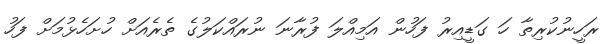
ރަހީނުކުރިތާ ހަ ގަޑީއިރު ފަހުން އަމިއްލަ ފުރާނަ ނުރައްކަލުގެ ތެރެއަށް ހުށަހެޅުމަށް ފަހު